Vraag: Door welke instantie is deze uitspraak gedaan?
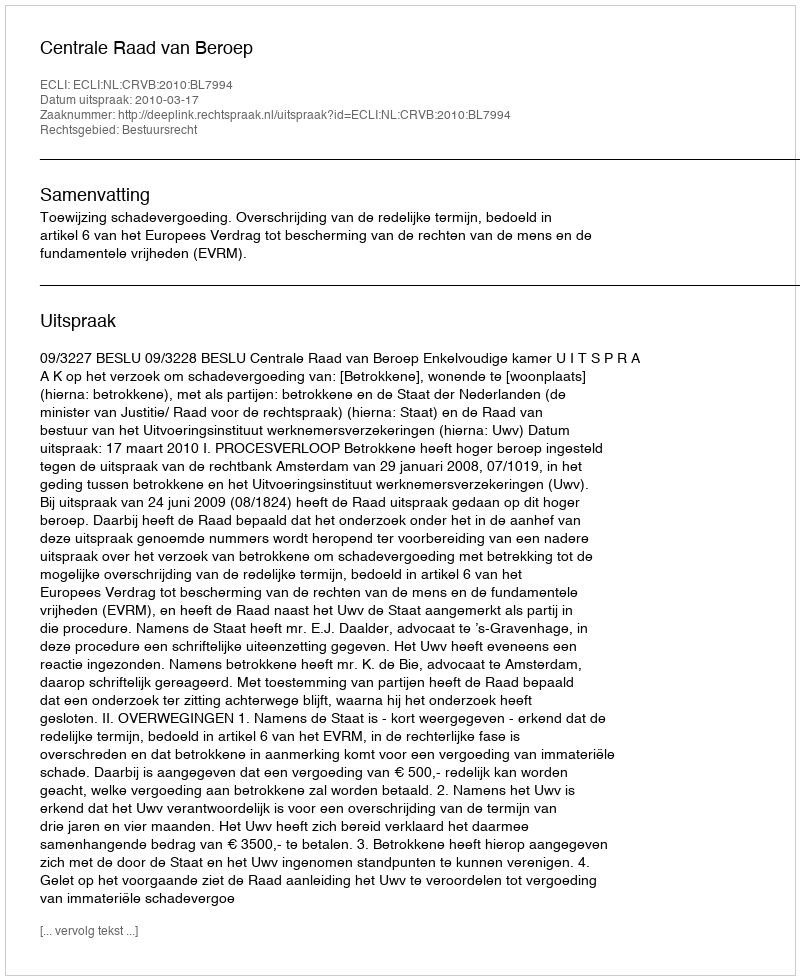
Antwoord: Centrale Raad van Beroep